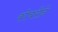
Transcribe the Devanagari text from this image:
कोचरीने